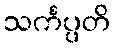
သင်္ကပ္ပတိ